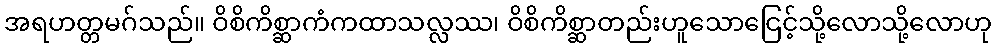
အရဟတ္တမဂ်သည်။ ဝိစိကိစ္ဆာကံကထာသလ္လဿ၊ ဝိစိကိစ္ဆာတည်းဟူသောငြေင့်သို့လောသို့လောဟု